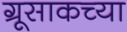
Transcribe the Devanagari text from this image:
ग्रूसाकच्या